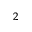
_ 2